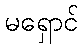
မရှောင်